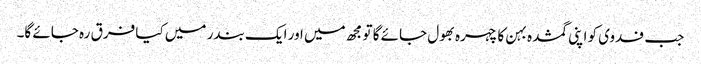
جب فدوی کو اپنی گمشدہ بہن کا چہرہ بھول جائے گا تو مجھ میں اور ایک بندر میں کیا فرق رہ جائے گا۔